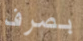
بصرف